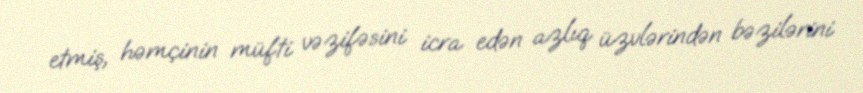
etmiş, həmçinin müfti vəzifəsini icra edən azlıq üzvlərindən bəzilərini